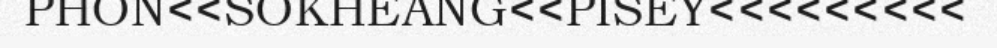
PHON<<SOKHEANG<<PISEY<<<<<<<<<